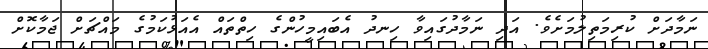
ނަމާދަށް ކުރިމަތިލުމަށެވެ. އަދި ނަމާދުގައިވާ ހިނދު އެބައިމީހުންގެ ހިތްތައް އެއަޅުކަމުގެ މައްޗަށް ޖަމާކޮށް